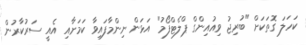
ކަހަލަ ގޮތަކަށް "ބުރިޖު ވިއުއިންގް ޕްލެޓްފޯމު" އަޅަން ނިންމާފައިވާ ކަމަށާއި އެއީ ސަރުކާރުން